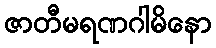
ဇာတီမရဏဂါမိနော